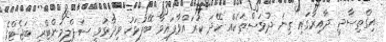
އިގްތިސާދީ ދާއިރާގައި ގިނަ ދުވަސްތަކެއް ހޭދަ ކުރައްވާފައިވާ ބޭފުޅަކު ވިދާޅުވީ ސަޕްލިމަންޓްރީ ބަޖެޓްގެ